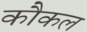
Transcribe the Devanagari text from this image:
कौकल